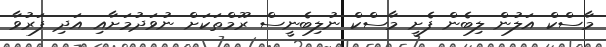
މާސްކް އަލުން ލިބެން ފެށީ މާސްކް ނުލިބެނީސް ރޫމްތަކަށް ނުވަދުމަށާއި އަދި ފަރުވާ